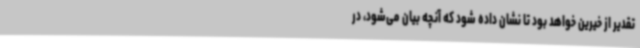
تقدیر از خیرین خواهد بود تا نشان داده شود که آنچه بیان می‌شود، در